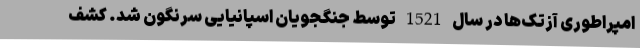
امپراطوری آزتک‌ها در سال 1521 توسط جنگجویان اسپانیایی سرنگون شد. کشف